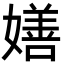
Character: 嫸